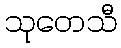
သုတေသီ